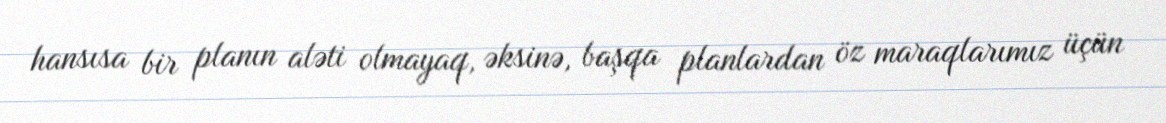
hansısa bir planın aləti olmayaq, əksinə, başqa planlardan öz maraqlarımız üçün